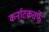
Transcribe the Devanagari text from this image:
कर्नाटकतर्फे